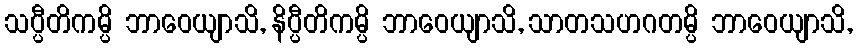
သပ္ပီတိကမ္ပိ ဘာဝေယျာသိ, နိပ္ပီတိကမ္ပိ ဘာဝေယျာသိ, သာတသဟဂတမ္ပိ ဘာဝေယျာသိ,